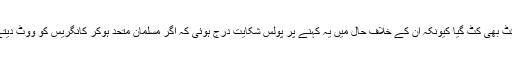
اسی علاقہ کےصوبائی وزیر دھن سنگھ راوت کا ٹکٹ بھی کٹ گیا کیونکہ ان کے خلاف حال میں یہ کہنے پر پولس شکایت درج ہوئی کہ اگر مسلمان متحد ہوکر کانگریس کو ووٹ دیتے ہیں تو ہندو بھی یکمشت بی جے پی کو ووٹ دیں۔